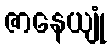
ဇာနေယျုံ